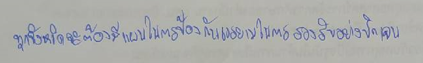
ทุกจังหวัดจะต้องมีแผนในการป้องกันเวรยามในการรองรับอย่างชัดเจน